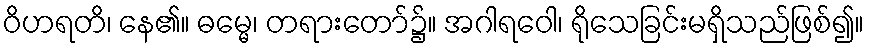
ဝိဟရတိ၊ နေ၏။ ဓမ္မေ၊ တရားတော်၌။ အဂါရဝေါ၊ ရိုသေခြင်းမရှိသည်ဖြစ်၍။